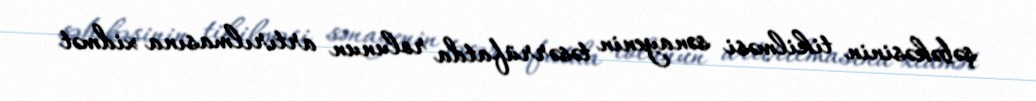
şəbəkəsinin tikilməsi sənayenin təsərrüfatda rolunun artırılmasına xidmət